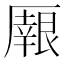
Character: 𠪼